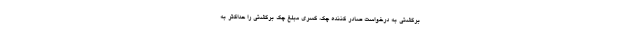
برگشتی به درخواست صادر کننده چک، کسری مبلغ چک برگشتی را حداکثر به